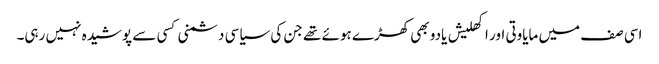
اسی صف میں مایاوتی اور اکھلیش یادو بھی کھڑے ہوئے تھے جن کی سیاسی دشمنی کسی سے پوشیدہ نہیں رہی۔